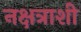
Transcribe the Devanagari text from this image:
नक्षत्राशी